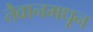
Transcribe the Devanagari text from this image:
तैवानमधून